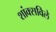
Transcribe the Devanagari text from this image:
शांक्सविले